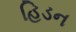
હિડન